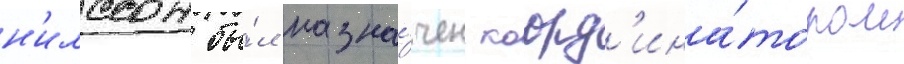
н'илссон бы́л назна́чен коорд'ина́тором